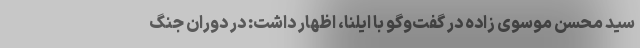
سید محسن موسوی زاده در گفت‌وگو با ایلنا، اظهار داشت: در دوران جنگ